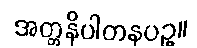
အတ္တနိပါတနပဥှ။